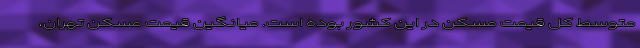
متوسط کل قیمت مسکن در این کشور بوده است. میانگین قیمت مسکن تهران،